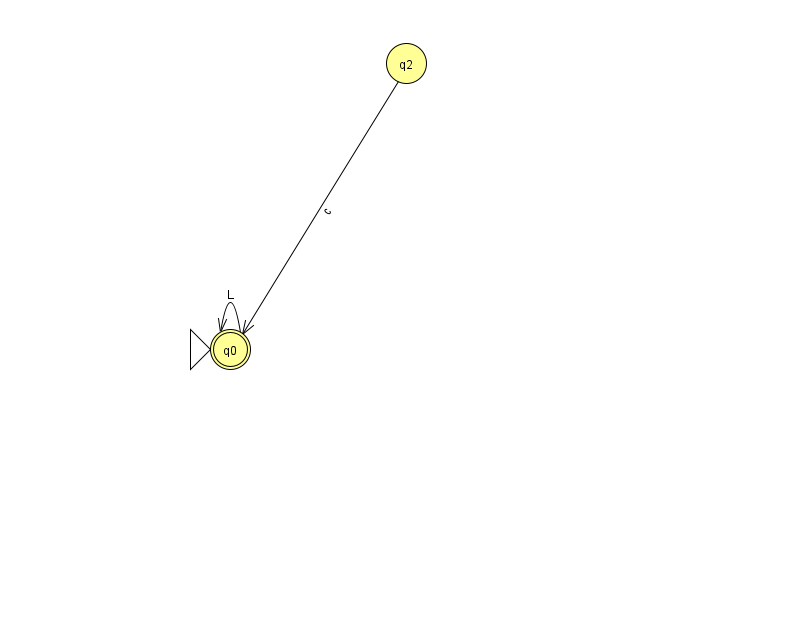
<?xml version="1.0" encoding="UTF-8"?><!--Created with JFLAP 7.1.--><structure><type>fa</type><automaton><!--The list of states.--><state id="0" name="q0"><x>230.0</x><y>336.0</y><initial/><final/></state><state id="2" name="q2"><x>406.0</x><y>50.0</y></state><!--The list of transitions.--><transition><from>2</from><to>0</to><read>c</read></transition><transition><from>0</from><to>0</to><read>L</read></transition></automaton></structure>